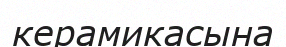
керамикасына